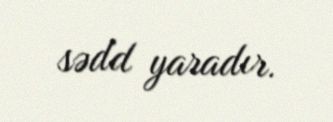
sədd yaradır.